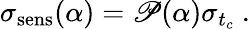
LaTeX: \sigma_{\mathrm{sens}}(\alpha)=\mathscr{P}(\alpha)\sigma_{t_{c}}~.